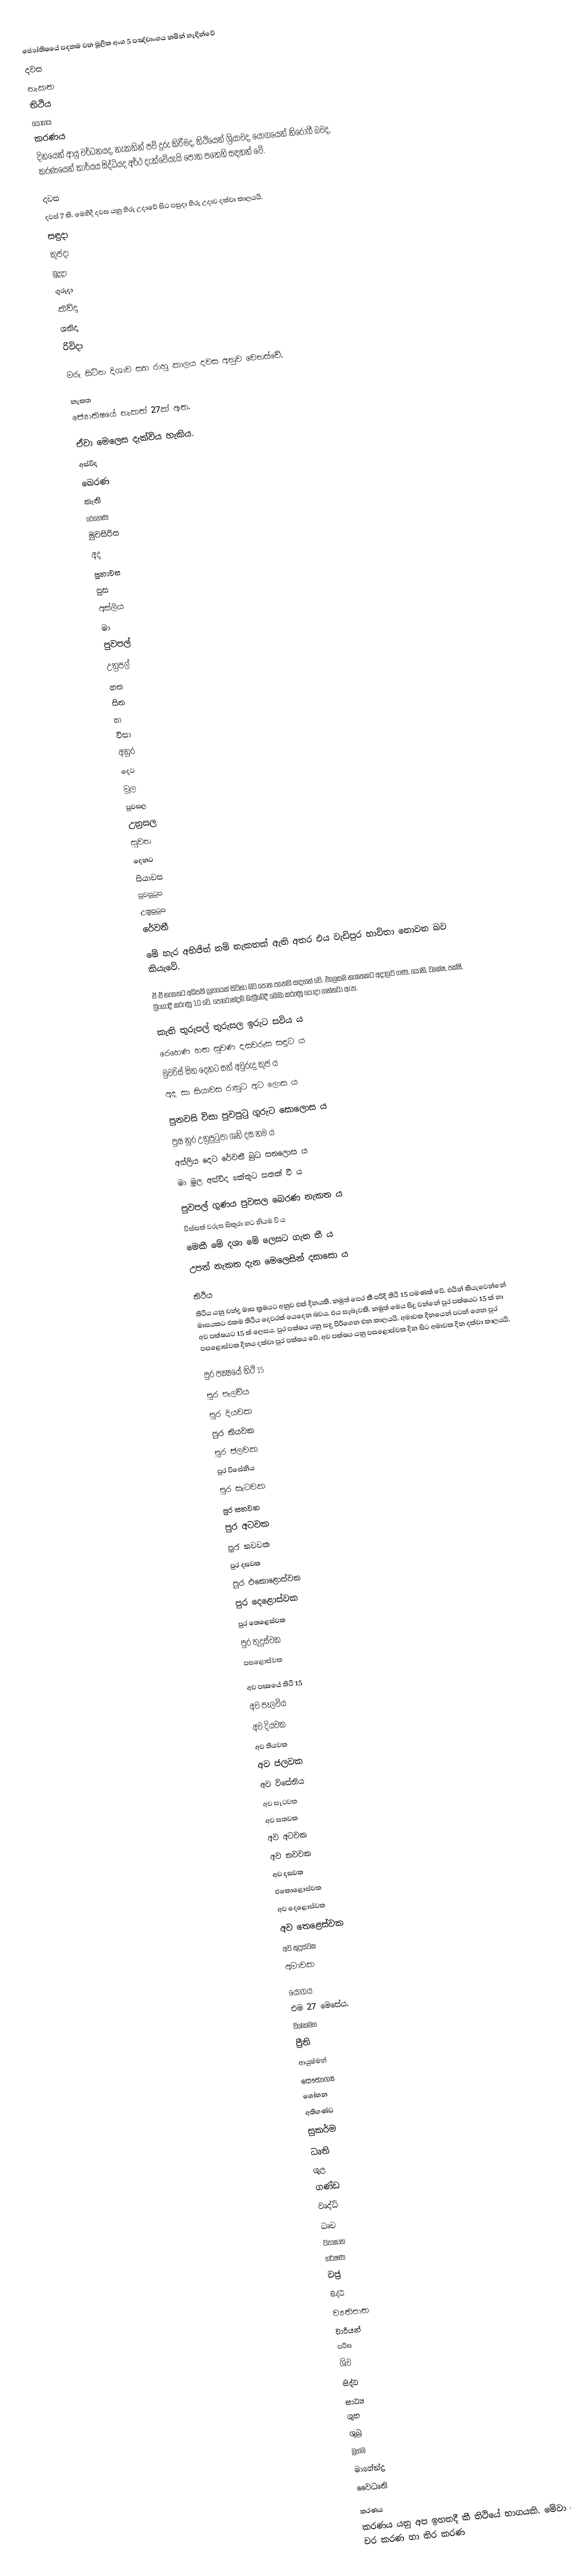
ජ්‍යෝතිෂයේ පදනම වන මූලික අංග 5 පඤ්චාංගය නමින් හැඳින්වේ
 දවස
 නැකත
 තිථිය
 යෝගය
 කරණය
දිනයෙන් ආයු වර්ධනයද,  නැකතින් පව් දුරු කිරීමද, තිථියෙන් ශ්‍රියාවද, යෝගයෙන් නිරෝගී බවද, කරණයෙන් කාර්යය සිද්ධියද අර්ථ දැක්වේයැයි පොත පතෙහි සඳහන් වේ.

දවස
දවස් 7 කි. මෙහිදී දවස යනු හිරු උදාවේ සිට පසුදා  හිරු උදාව දක්වා කාලයයි.
 සඳුදා
 කුජදා
 බුදදා
 ගුරුදා
 කිවිදා
 ශනිදා
 රිවිදා

මරු සිටින දිශාව සහ රාහු කාලය දවස අනුව වෙනස්වේ.

නැකත
ජ්‍යොතිෂයේ නැකත් 27ක් ඇත.

ඒවා මෙලෙස දැක්විය හැකිය.
 අස්විද
 බෙරණ
 කැති
 රෙහෙණ
 මුවසිරිස
 අද
 පුනාවස
 පුස
 අස්ලිය
 මා
 පුවපල්
 උත්‍රපල්
 හත
 සිත
 සා
 විසා
 අනුර
 දෙට
 මුල
 පුවසල
 උත්‍රසල
 සුවන
 දෙනට
 සියාවස
 පුවපුටුප
 උත්‍රපුටුප
 රේවතී

මේ හැර අභිජිත් නම් නැකතක් ඇති අතර එය වැඩිපුර භාවිතා නොවන බව කියැවේ.

ඒ ඒ නැකතට අධිපති ග්‍රහයෙක් සිටිනා බව පොත පතෙහි සඳහන් වේ. එලෙසම නැකතකට අදාලව ගණ, යෝනි, වෘක්ෂ, පක්ෂි, ලිංගාදී කරුණු 10 වේ. පොරොන්දම් බැලීමේදී මෙමා කරුණු යොදා ගන්නවා ඇත.

කැති තුරුපල් තුරුසල ඉරුට සවිය ය
රෙහෙණ හත සුවණ දසවරුස සඳුට ය
මුවරිස් සිත දෙනට සත් අවුරුදු කුජ ය
අද සා සියාවස රාහුට අට ලොස ය

පුනවසි විසා පුවපුටු ගුරුට සොලොස ය
පුෂ නුර උත්‍රපුටුපා ශනි දස නම ය
අස්ලිය දෙට රේවතී බුධ සතලොස ය
මා මුල අස්විද කේතුට සතක් වී ය

පුවපල් ගුණය පුවසල බෙරණ නැකත ය
විස්සක් වරුස සිකුරා හට නියම වි ය
මෙකී මේ දශා මේ ලෙසට ගැන තී ය
උපන් නැකත දැන මෙලෙසින් දසාසො ය

තිථිය
තිථිය යනු චන්ද්‍ර මාස ක්‍රමයට අනුව එක් දිනයකි. නමුත් පෙර කී පරිදි තිථි 15 පමණක් වේ. එයින් කියැවෙන්නේ මාසයකට එකම තිථිය දෙවරක් යෙදෙන බවය. එය සැබෑවකි. නමුත් මෙය සිදු වන්නේ පුර පක්ෂයට 15 ක් හා අව පක්ෂයට 15 ක් ලෙසය. පුර පක්ෂය යනු සඳු පිරීගෙන එන කාලයයි. අමාවක දිනයෙන් පටන් ගෙන පුර පසළොස්වක දිනය දක්වා පුර පක්ෂය වේ. අව පක්ෂය යනු පසළොස්වක දින සිට අමාවක දින දක්වා කාලයයි.

පුර පක්‍ෂයේ තිථි 15
 පුර පෑලවිය
 පුර දියවක
 පුර තියවක
 පුර ජලවක
 පුර විසේනිය
 පුර සැටවක
 පුර සතවක
 පුර අටවක
 පුර නවවක
 පුර දසවක
 පුර එකොළොස්වක
 පුර දෙළොස්වක
 පුර තෙළෙස්වක
 පුර තුදුස්වක
 පසළොස්වක

අව පක්‍ෂයේ  තිථි 15
 අව පෑලවිය
 අව දියවක
 අව තියවක
 අව ජලවක
 අව විසේනිය
 අව සැටවක
 අව සතවක
 අව අටවක
 අව නවවක
 අව දසවක
 එකොළොස්වක
 අව දෙළොස්වක
 අව තෙළෙස්වක
 අව තුදුස්වක
 අමාවක

යෝගය
එම 27 මෙසේය.
 විශ්කමභ
 ප්‍රීති
 ආයුෂ්මන්
 සෞභාග්‍ය
 ශෝභන
 අතිගණ්ඩ
 සුකර්ම
 ධෘති
 ශුල
 ගණ්ඩ
 වෘද්ධි
 ධෘව
 ව්‍යාඝාත
 හර්ෂණ
 වජ්‍ර
 සිද්ධි
 ව්‍යතිපාත
 වාරියන්
 පරිඝ
 ශිව
 සිද්ධ
 සාධ්‍ය
 ශුභ
 ශුබ්‍ර
 බ්‍රහ්ම
 මාහේන්ද්‍ර
 වෛධෘති

කරණය
කරණය යනු අප ඉහතදී කී තිථියේ භාගයකි. මේවා කොටස් දෙකකි. ඒවා නම් චර කරණ හා තිර කරණ